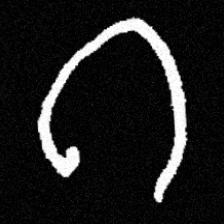
Pyu character \u2014 Myanmar letter: ဂ (romanized: ga)